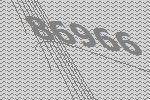
86966